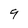
Character: 9